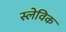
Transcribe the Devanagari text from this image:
स्लेविक